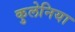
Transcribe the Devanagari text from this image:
कुलेनिया